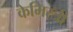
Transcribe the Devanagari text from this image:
केमिस्त्री